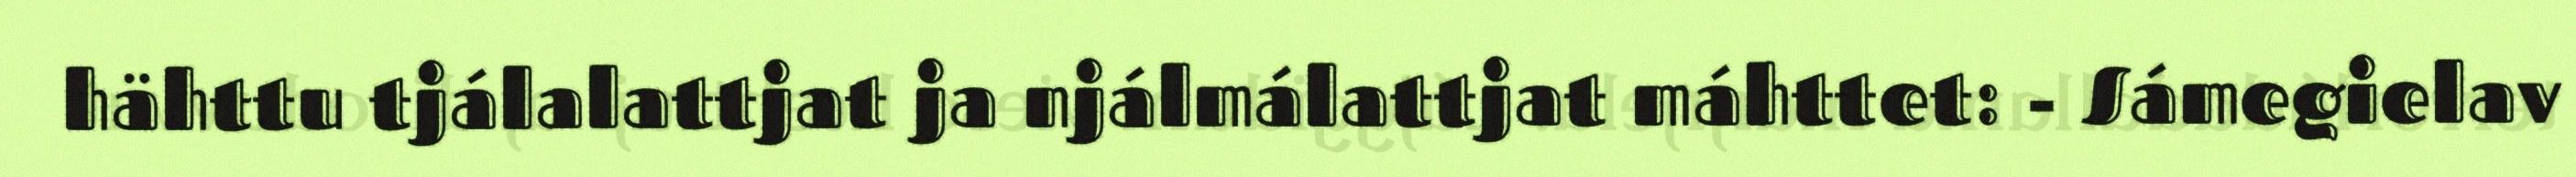
hähttu tjálalattjat ja njálmálattjat máhttet: - Sámegielav